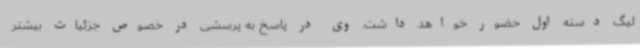
لیگ دسته اول حضور خواهد داشت. وی در پاسخ به پرسشی در خصوص جزئیات بیشتر